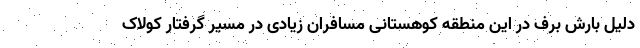
دلیل بارش برف در این منطقه کوهستانی مسافران زیادی در مسیر گرفتار کولاک